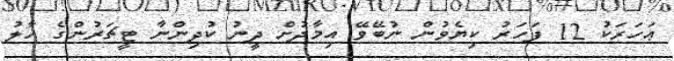
ޢަހަރަކު 12 ފަހަރު ކިޔެވުން ނުބޭވޭ އިމާދުށް ދީނު ކުދިންނާ ޓީޗަރުންގެ ހާލު